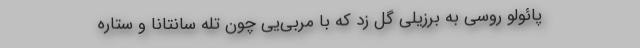
پائولو روسی به برزیلی گل زد که با مربی‌یی چون تله سانتانا و ستاره